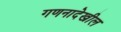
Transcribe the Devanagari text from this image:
गणनादेखील